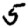
Digit: 5